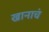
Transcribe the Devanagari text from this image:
खानाचं